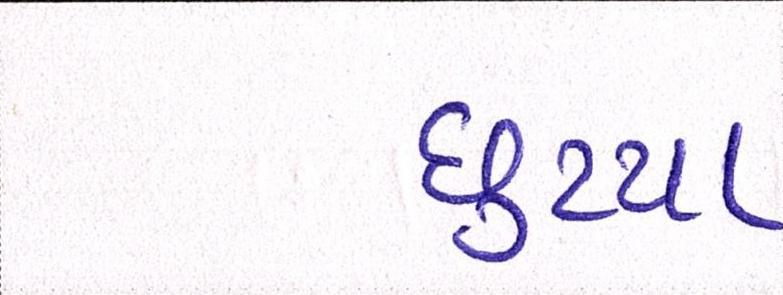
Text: છુટયા